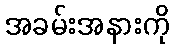
အခမ်းအနားကို